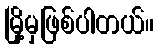
မြို့မှဖြစ်ပါတယ်။